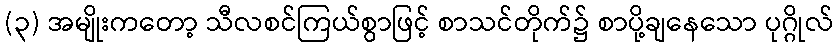
(၃) အမျိုးကတော့ သီလစင်ကြယ်စွာဖြင့် စာသင်တိုက်၌ စာပို့ချနေသော ပုဂ္ဂိုလ်